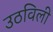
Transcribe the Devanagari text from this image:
उठविली